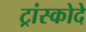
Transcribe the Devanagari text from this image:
ट्रांस्कोदे